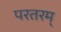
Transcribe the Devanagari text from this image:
परतरम्